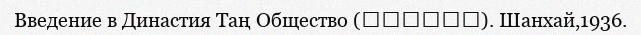
Введение в Династия Таң Общество (唐代社會概略). Шанхай,1936.